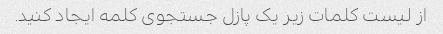
از لیست کلمات زیر یک پازل جستجوی کلمه ایجاد کنید.